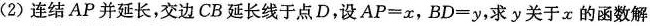
( 2 )连结 AP 并延长，交边 CB 延长线于点 D，设 $$A P = x$$，$$B D = y$$，求 y 关于 x 的函数解